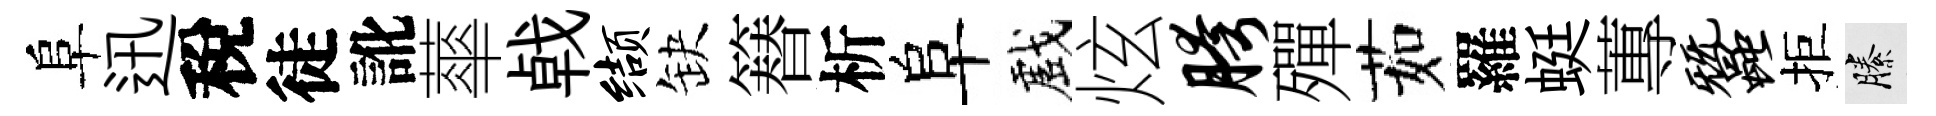
阜迅稅徒訛蕐㦸缬缺簮析阜戲炫胯殫茹羅蜓蓴蚕拒縢